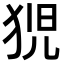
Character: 𭸍